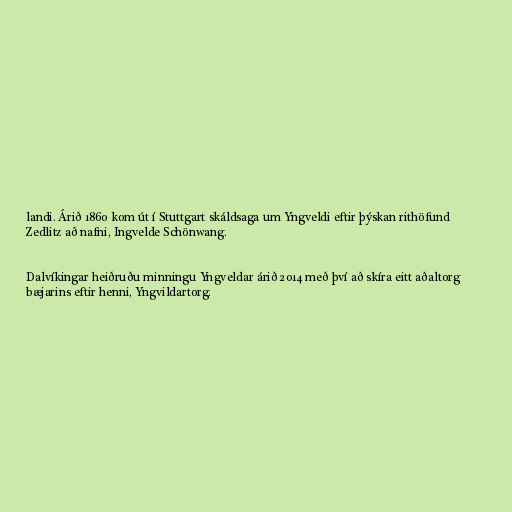
landi. Árið 1860 kom út í Stuttgart skáldsaga um Yngveldi eftir þýskan rithöfund
Zedlitz að nafni, Ingvelde Schönwang.

Dalvíkingar heiðruðu minningu Yngveldar árið 2014 með því að skíra eitt aðaltorg
bæjarins eftir henni, Yngvildartorg.